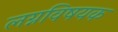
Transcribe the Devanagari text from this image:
लग्नविषयक